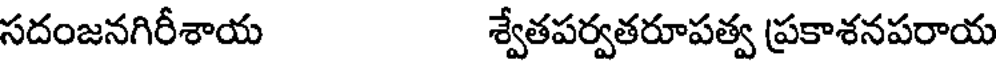
సదంజనగిరీశాయ శ్వేతపర్వతరూపత్వ ప్రకాశనపరాయ